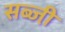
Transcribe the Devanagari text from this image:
सब्जी़